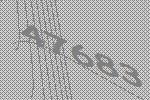
47683